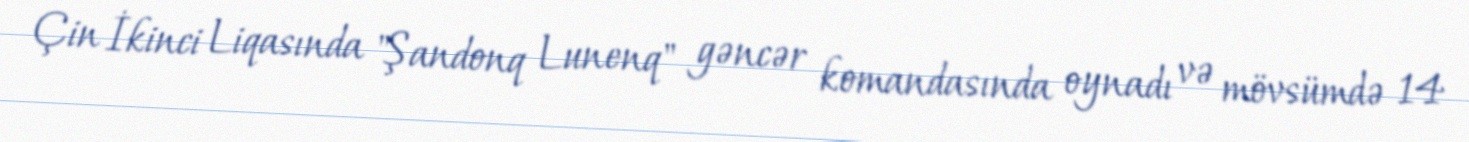
Çin İkinci Liqasında "Şandonq Lunenq" gəncər komandasında oynadı və mövsümdə 14